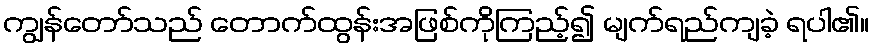
ကျွန်တော်သည် တောက်ထွန်းအဖြစ်ကိုကြည့်၍ မျက်ရည်ကျခဲ့ ရပါ၏။